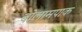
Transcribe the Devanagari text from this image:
बोलामपाक